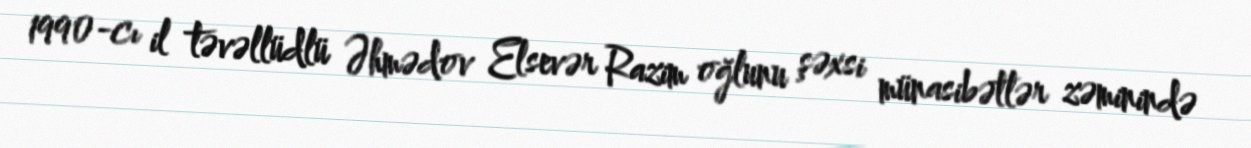
1990-cı il təvəllüdlü Əhmədov Elsevər Razim oğlunu şəxsi münasibətlər zəminində